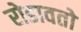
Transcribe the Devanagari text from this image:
रोडावतो